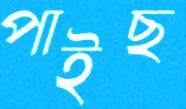
পাইছ